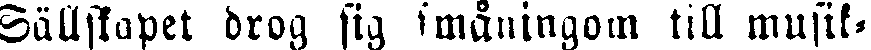
Sällskapet drog sig småningom till musik-